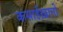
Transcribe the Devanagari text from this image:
कसाईख़ानों